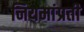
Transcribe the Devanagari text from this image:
नियमांप्रती